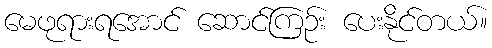
မေဖုရားရအောင် ဆောင်ကြဉ်း ပေးနိုင်တယ်။